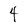
Character: 4